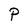
Character: P